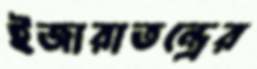
ইজারাতন্ত্রের